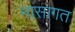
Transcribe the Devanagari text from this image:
नासागत